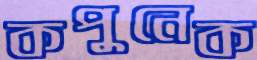
কপুনেক